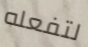
لتفعله